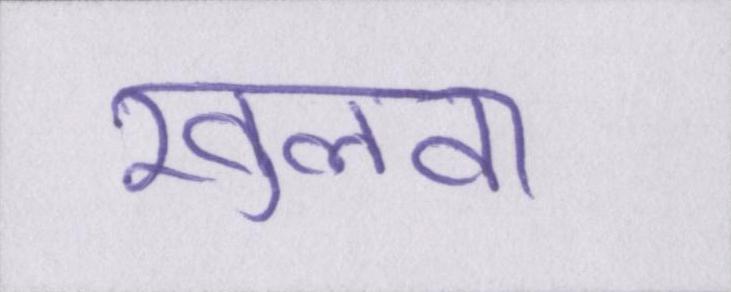
खुलवा